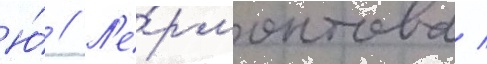
Ю́ // Л'е́рмонтова /